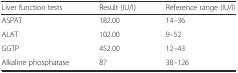
<table><thead><tr><td><b>Liver function tests</b></td><td><b>Result (IU/l)</b></td><td><b>Reference range (IU/l)</b></td></tr></thead><tbody><tr><td>ASPAT</td><td>182.00</td><td>14–36</td></tr><tr><td>ALAT</td><td>102.00</td><td>9–52</td></tr><tr><td>GGTP</td><td>452.00</td><td>12–43</td></tr><tr><td>Alkaline phosphatase</td><td>87</td><td>38–126</td></tr></tbody></table>